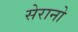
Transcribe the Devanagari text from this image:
सेरानो